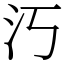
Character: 汅